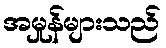
အမှုန်များသည်